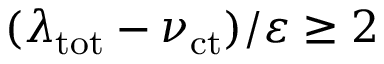
( \lambda _ { \mathrm { t o t } } - \nu _ { \mathrm { c t } } ) / \varepsilon \geq 2